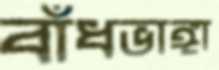
বাঁধভাঙ্গা